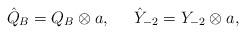
LaTeX: \begin{align*}\hat{Q}_B=Q_B\otimes a,\;\;\;\;\;\hat{Y}_{-2}=Y_{-2}\otimes a,\end{align*}